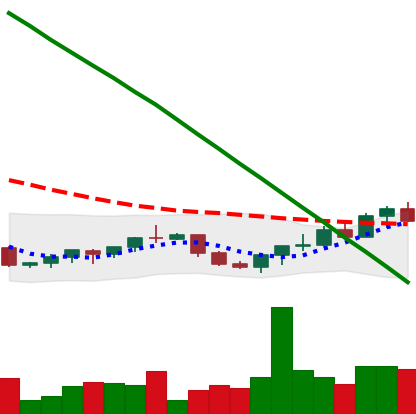
Ticker: XRP-USD
Chart end date: 2022-07-20
Forward return: -6.427%
Label: down_5_7